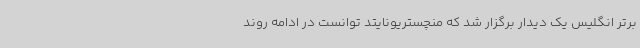
برتر انگلیس یک دیدار برگزار شد که منچستریونایتد توانست در ادامه روند